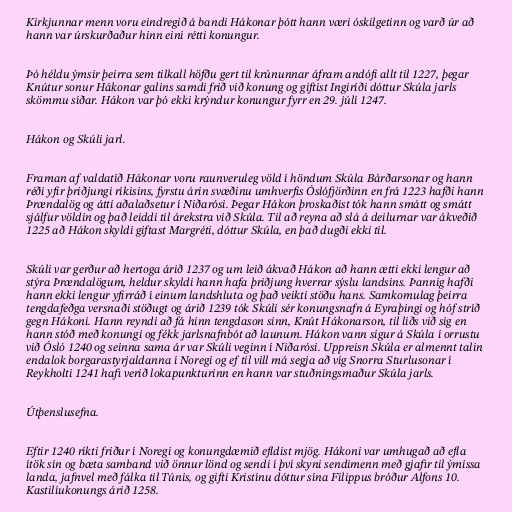
Kirkjunnar menn voru eindregið á bandi Hákonar þótt hann væri óskilgetinn og varð úr að
hann var úrskurðaður hinn eini rétti konungur.

Þó héldu ýmsir þeirra sem tilkall höfðu gert til krúnunnar áfram andófi allt til 1227, þegar
Knútur sonur Hákonar galins samdi frið við konung og giftist Ingiríði dóttur Skúla jarls
skömmu síðar. Hákon var þó ekki krýndur konungur fyrr en 29. júlí 1247.

Hákon og Skúli jarl.

Framan af valdatíð Hákonar voru raunveruleg völd í höndum Skúla Bárðarsonar og hann
réði yfir þriðjungi ríkisins, fyrstu árin svæðinu umhverfis Óslófjörðinn en frá 1223 hafði hann
Þrændalög og átti aðalaðsetur í Niðarósi. Þegar Hákon þroskaðist tók hann smátt og smátt
sjálfur völdin og það leiddi til árekstra við Skúla. Til að reyna að slá á deilurnar var ákveðið
1225 að Hákon skyldi giftast Margréti, dóttur Skúla, en það dugði ekki til.

Skúli var gerður að hertoga árið 1237 og um leið ákvað Hákon að hann ætti ekki lengur að
stýra Þrændalögum, heldur skyldi hann hafa þriðjung hverrar sýslu landsins. Þannig hafði
hann ekki lengur yfirráð í einum landshluta og það veikti stöðu hans. Samkomulag þeirra
tengdafeðga versnaði stöðugt og árið 1239 tók Skúli sér konungsnafn á Eyraþingi og hóf stríð
gegn Hákoni. Hann reyndi að fá hinn tengdason sinn, Knút Hákonarson, til liðs við sig en
hann stóð með konungi og fékk jarlsnafnbót að launum. Hákon vann sigur á Skúla í orrustu
við Ósló 1240 og seinna sama ár var Skúli veginn í Niðarósi. Uppreisn Skúla er almennt talin
endalok borgarastyrjaldanna í Noregi og ef til vill má segja að víg Snorra Sturlusonar í
Reykholti 1241 hafi verið lokapunkturinn en hann var stuðningsmaður Skúla jarls.

Útþenslusefna.

Eftir 1240 ríkti friður í Noregi og konungdæmið efldist mjög. Hákoni var umhugað að efla
ítök sín og bæta samband við önnur lönd og sendi í því skyni sendimenn með gjafir til ýmissa
landa, jafnvel með fálka til Túnis, og gifti Kristínu dóttur sína Filippus bróður Alfons 10.
Kastilíukonungs árið 1258.